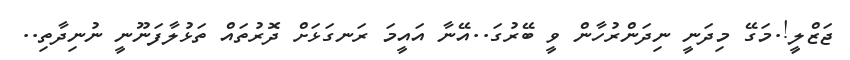
ޖަޒްލީ!.މަގޭ މިދަނީ ނިދަންރުހާން ވީ ބޭރުގަ..އޭނާ އައީމަ ރަނގަޅަށް ދޮރުތައް ތަޅުލާފަނޫނީ ނުނިދާތި..